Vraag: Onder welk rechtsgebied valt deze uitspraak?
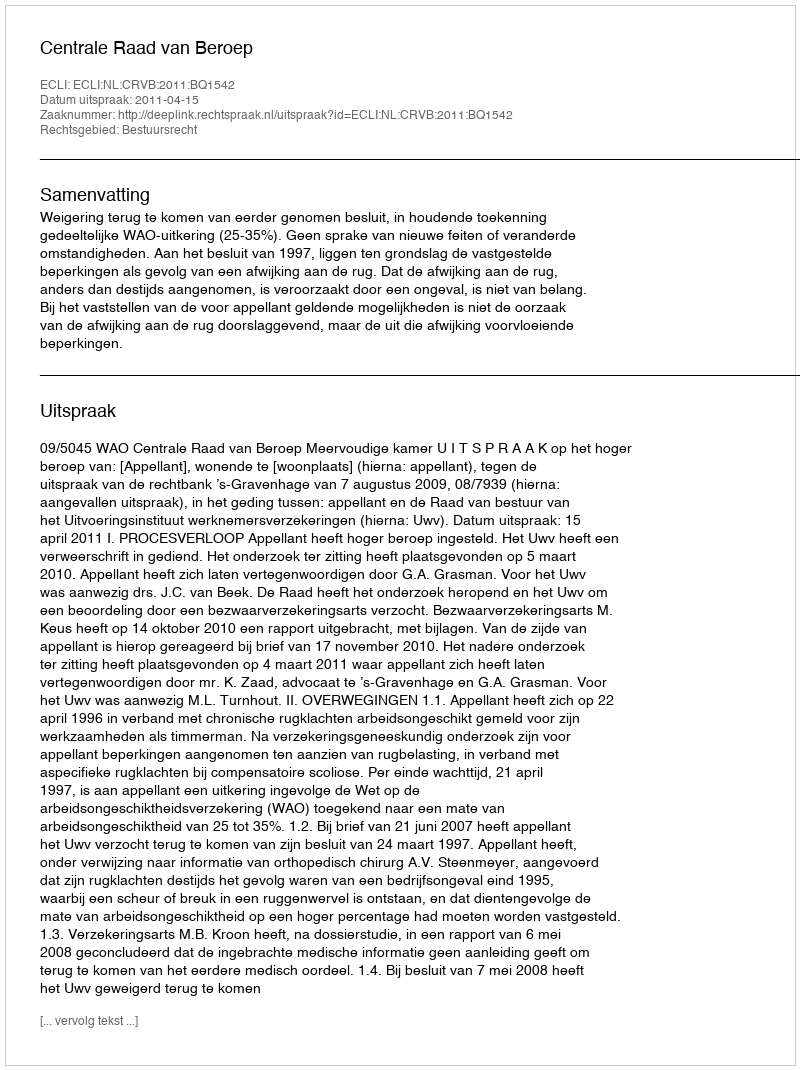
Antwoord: Bestuursrecht